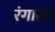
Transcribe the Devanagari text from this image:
रंगास्त